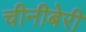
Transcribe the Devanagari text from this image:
चीनीबेरी